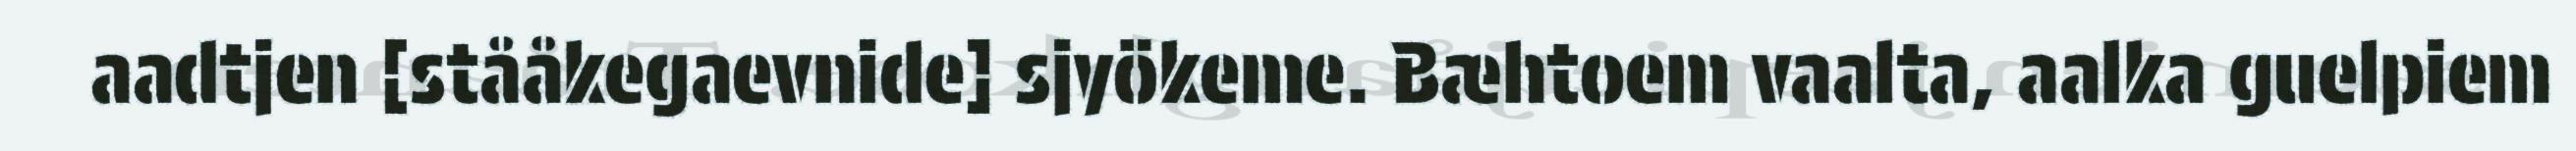
aadtjen [stååkegaevnide] sjyökeme. Bæhtoem vaalta, aalka guelpiem